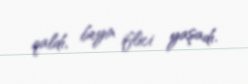
qaldı, beyin iflici yaşadı.